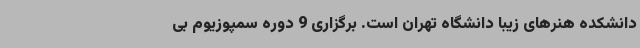
دانشکده هنرهای زیبا دانشگاه تهران است. برگزاری 9 دوره سمپوزیوم بی